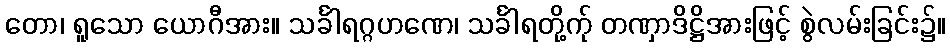
တော၊ ရူသော ယောဂီအား။ သင်္ခါရဂ္ဂဟဏေ၊ သင်္ခါရတို့က်ု တဏှာဒိဋ္ဌိအားဖြင့် စွဲလမ်းခြင်း၌။